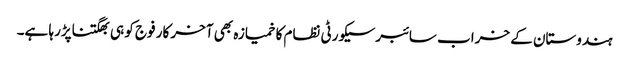
ہندوستان کے خراب سائبرسیکورٹی نظام کا خمیازہ بھی آخر کار فوج کو ہی بھگتناپڑرہا ہے۔